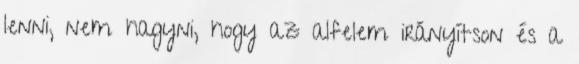
lenni, nem hagyni, hogy az alfelem irányítson és a